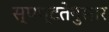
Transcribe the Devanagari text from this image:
स्पष्टतेनुसार